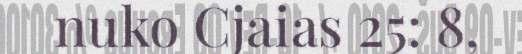
nuko Cjaias 25: 8,